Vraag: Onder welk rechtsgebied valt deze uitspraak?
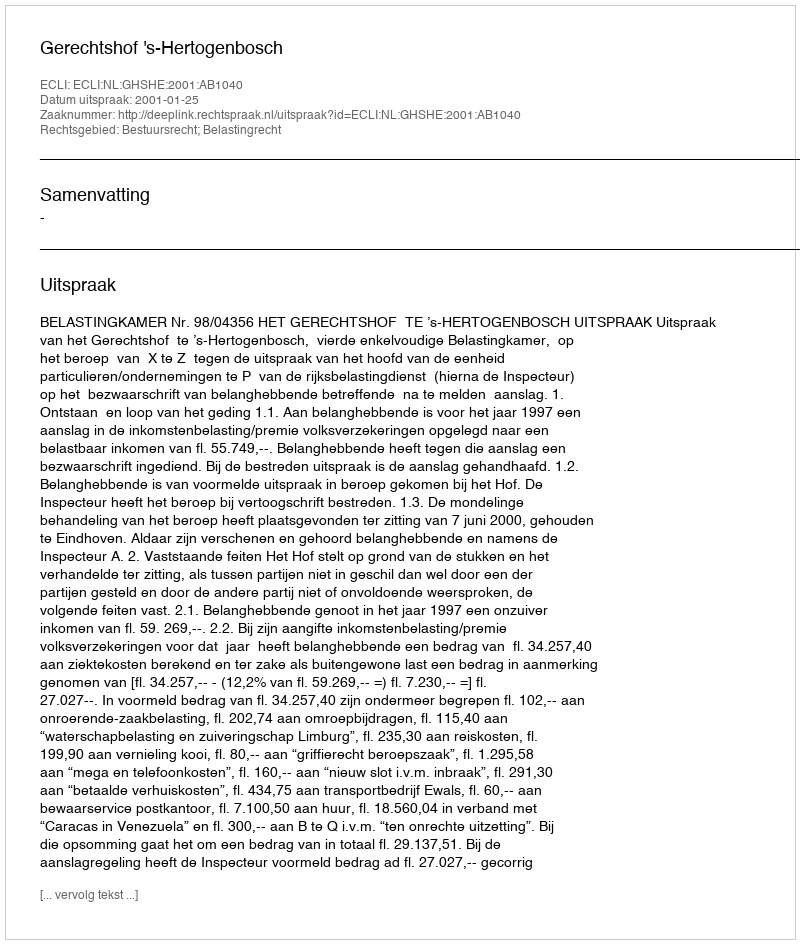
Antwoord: Bestuursrecht; Belastingrecht